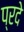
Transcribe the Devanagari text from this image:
प्रदे